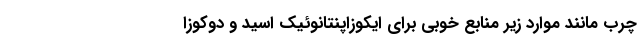
چرب مانند موارد زیر منابع خوبی برای ایکوزاپنتانوئیک اسید و دوکوزا